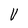
Character: V